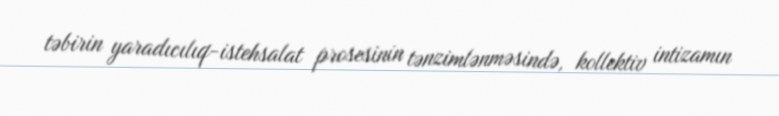
təbirin yaradıcılıq-istehsalat prosesinin tənzimlənməsində, kollektiv intizamın